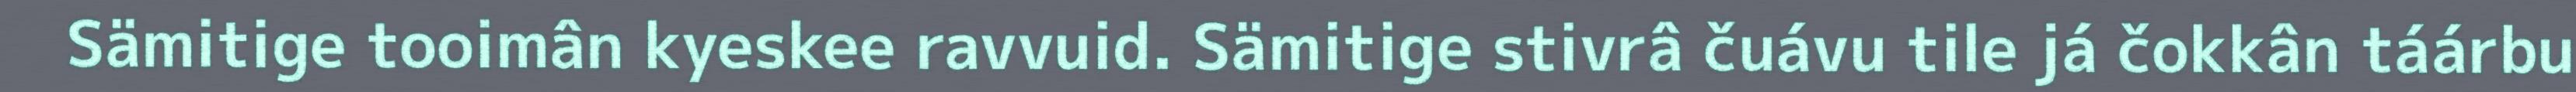
Sämitige tooimân kyeskee ravvuid. Sämitige stivrâ čuávu tile já čokkân táárbu